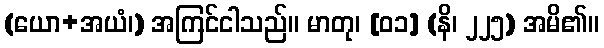
(ယော+အယံ၊) အကြင်ငါသည်။ မာတု၊ [၀၁] (နိ၊ ၂၂၅) အမိ၏။